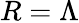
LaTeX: R=\Lambda